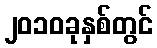
၂၀၁၀ခုနှစ်တွင်